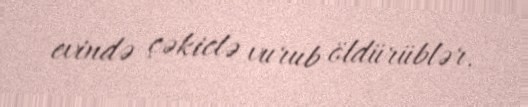
evində çəkiclə vurub öldürüblər.